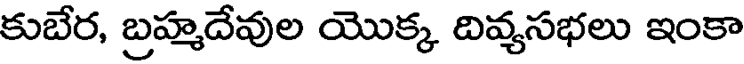
కుబేర, బ్రహ్మదేవుల యొక్క దివ్యసభలు ఇంకా